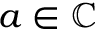
a \in \mathbb { C }